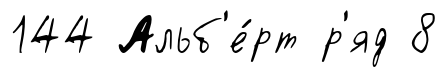
144 Альб'е́рт р'яд 8